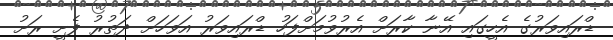
ޑްރައިވަރުގެ އެހީގައި އޭނާ ކާރަށް އެރުވުމަށްފަހު ޑްރައިވަރު އަވަހަށް ދަތުރު ފެށީ ރަށު